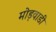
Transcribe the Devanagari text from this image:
मोड़वाडी